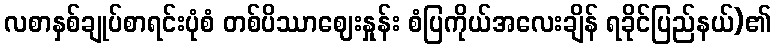
လစာနှစ်ချုပ်စာရင်းပုံစံ တစ်ပိဿာဈေးနှုန်း စံပြကိုယ်အလေးချိန် ရခိုင်ပြည်နယ်)၏